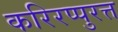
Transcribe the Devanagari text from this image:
करिरप्पुरत्त